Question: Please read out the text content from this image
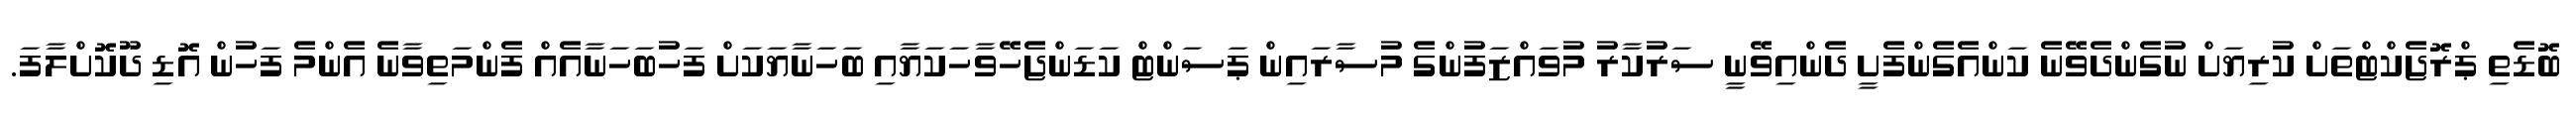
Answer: ބޮޑެތި ޕްރޮޖެކްޓްތަށް ކުރިޔަށް ނުގެންދެވޭނެ ކަންއެގެންފެށީ ދެންއިވޭނީ ސަރުކާރު މުވައްޒަފުންގެ މުސާރައިން ޕަސަންޓް ކަޑަންޖެހޭވާހަކަޔާއި ބަހަނާޔަކަށް ފަހުބަހަނާއެއް ފެންމަތިވާނެ އެންމެ ފަހުން އޮޑި ދޫކޮށްލާފަ.